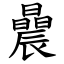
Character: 曟